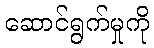
ဆောင်ရွက်မှုကို